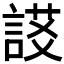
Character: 𧩃